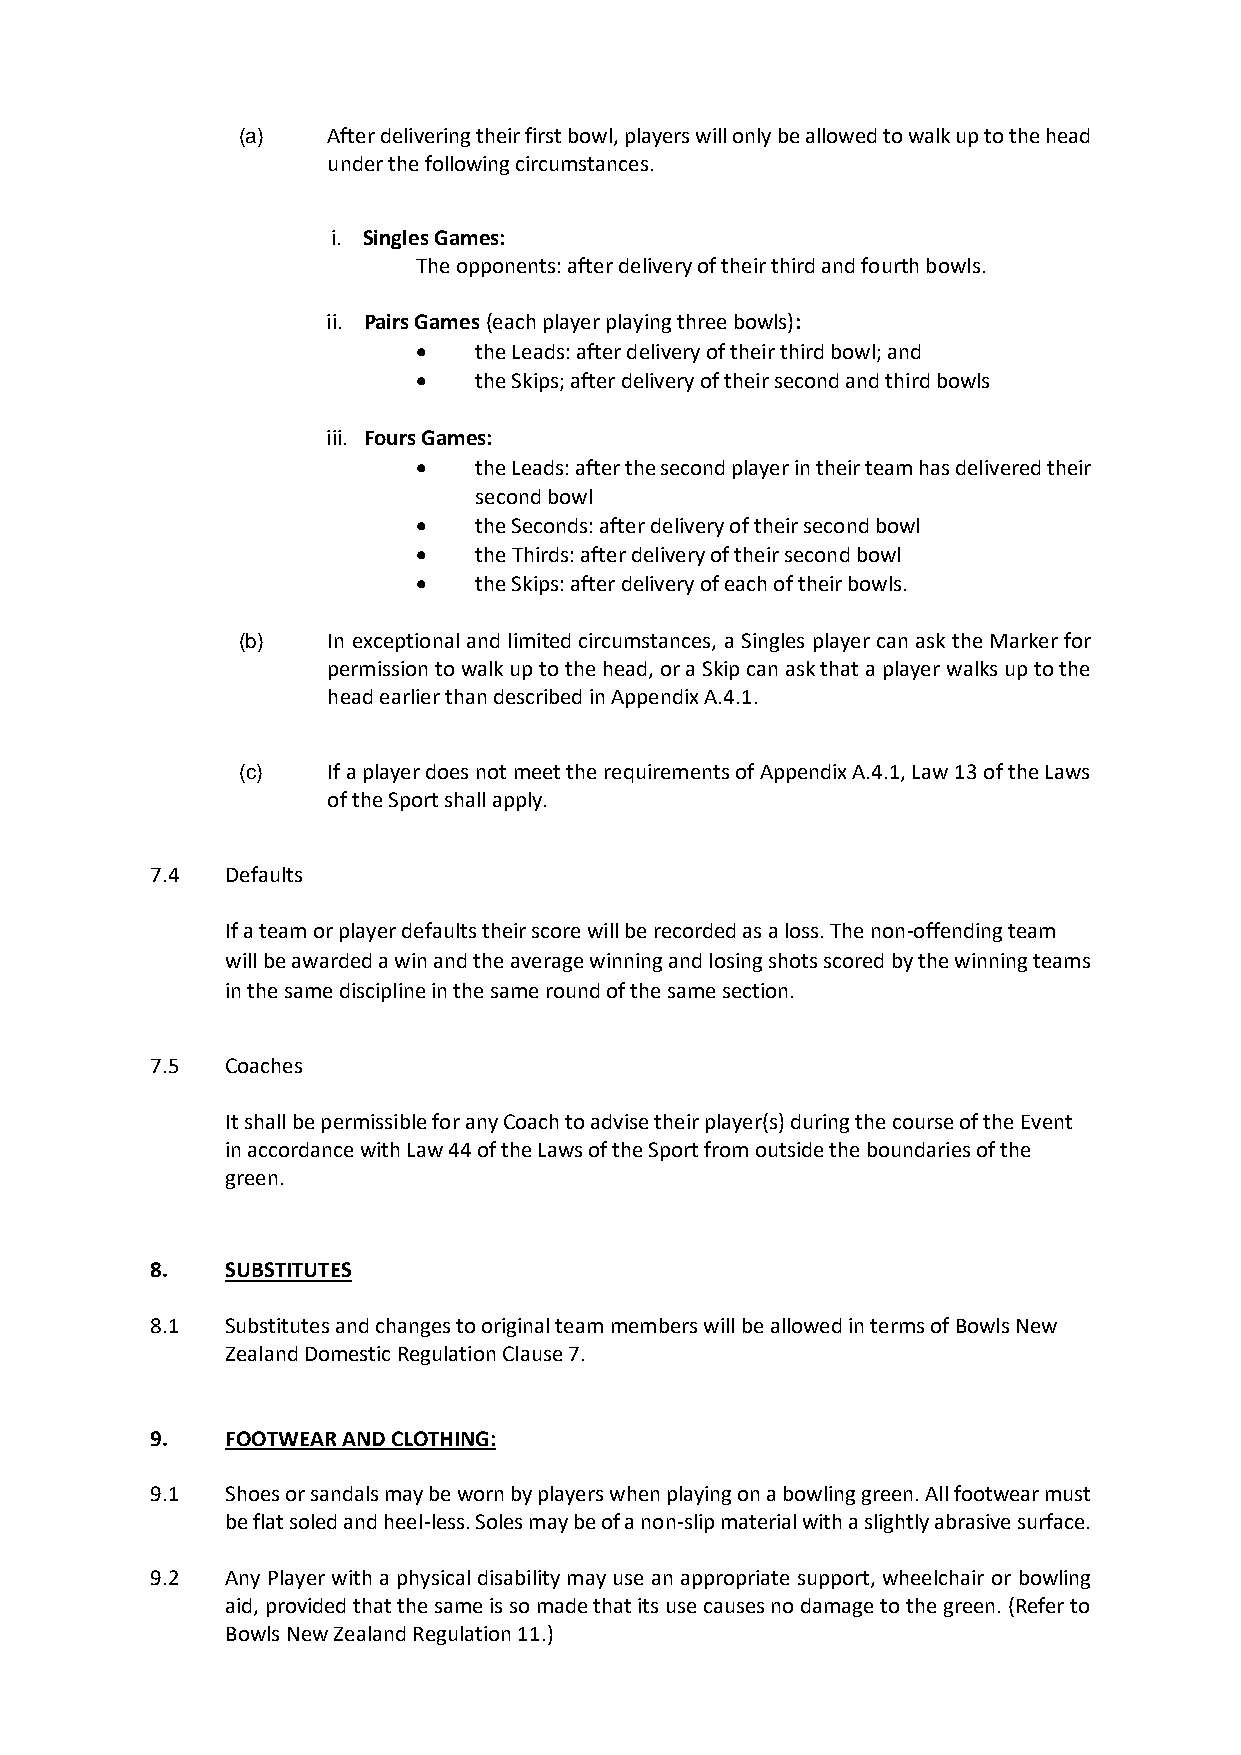
(a)   After delivering their first bowl, players will only be allowed to walk up to the head
 under the following circumstances.
 i. Singles Games:
 The opponents: after delivery of their third and fourth bowls.
 ii. Pairs Games (each player playing three bowls):
 •  the Leads: after delivery of their third bowl; and
 •  the Skips; after delivery of their second and third bowls
 iii. Fours Games:
 •  the Leads: after the second player in their team has delivered their
 second bowl
 •  the Seconds: after delivery of their second bowl
 •  the Thirds: after delivery of their second bowl
 •  the Skips: after delivery of each of their bowls.
 (b)   In exceptional and limited circumstances, a Singles player can ask the Marker for
 permission to walk up to the head, or a Skip can ask that a player walks up to the
 head earlier than described in Appendix A.4.1.
 (c)   If a player does not meet the requirements of Appendix A.4.1, Law 13 of the Laws
 of the Sport shall apply.
 7.4  Defaults
 If a team or player defaults their score will be recorded as a loss. The non-offending team
 will be awarded a win and the average winning and losing shots scored by the winning teams
 in the same discipline in the same round of the same section.
 7.5  Coaches
 It shall be permissible for any Coach to advise their player(s) during the course of the Event
 in accordance with Law 44 of the Laws of the Sport from outside the boundaries of the
 green.
 8.   SUBSTITUTES
 8.1  Substitutes and changes to original team members will be allowed in terms of Bowls New
 Zealand Domestic Regulation Clause 7.
 9.   FOOTWEAR AND CLOTHING:
 9.1  Shoes or sandals may be worn by players when playing on a bowling green. All footwear must
 be flat soled and heel-less. Soles may be of a non-slip material with a slightly abrasive surface.
 9.2  Any Player with a physical disability may use an appropriate support, wheelchair or bowling
 aid, provided that the same is so made that its use causes no damage to the green. (Refer to
 Bowls New Zealand Regulation 11.)